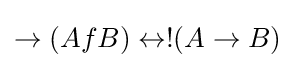
\rightarrow (AfB)\leftrightarrow !(A\rightarrow B)